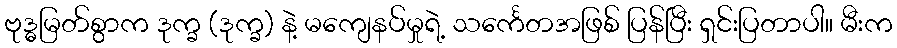
ဗုဒ္ဓမြတ်စွာက ဒုက္ခ (ဒုက္ခ) နဲ့ မကျေနပ်မှုရဲ့ သင်္ကေတအဖြစ် ပြန်ပြီး ရှင်းပြတာပါ။ မီးက